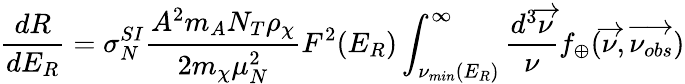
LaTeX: \frac{dR}{dE_{R}}=\sigma_{N}^{SI}\frac{A^{2}m_{A}N_{T}\rho_{\chi}}{2m_{\chi}\mu_{N}^{2}}F^{2}(E_{R})\int_{{\nu}_{min}(E_{R})}^{\infty}\frac{d^{3}\overrightarrow{\nu}}{\nu}f_{\oplus}(\overrightarrow{\nu},\overrightarrow{\nu_{obs}})